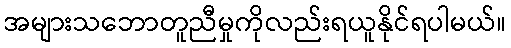
အများသဘောတူညီမှုကိုလည်းရယူနိုင်ရပါမယ်။